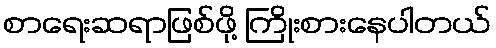
စာရေးဆရာဖြစ်ဖို့ ကြိုးစားနေပါတယ်